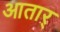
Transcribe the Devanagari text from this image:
आतार्